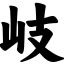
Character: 岐